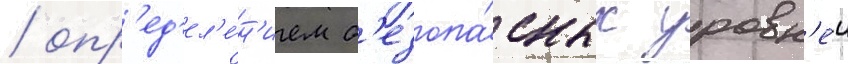
/ опр'ед'ел'е́н'ием б'езопа́сных уровн'еи